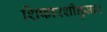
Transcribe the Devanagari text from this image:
शिफारशींनुसार